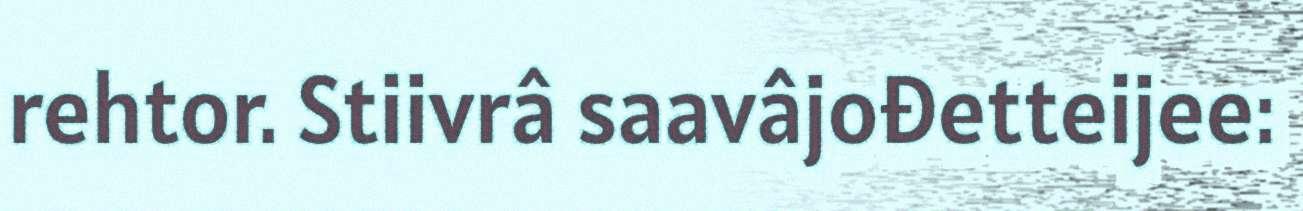
rehtor. Stiivrâ saavâjođetteijee: